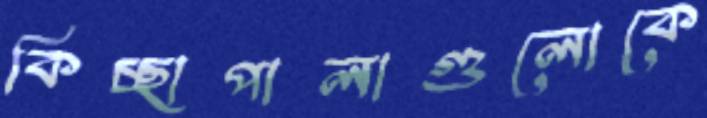
কিচ্ছাপালাগুলোকে